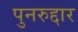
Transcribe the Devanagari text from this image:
पुनरुद्दार